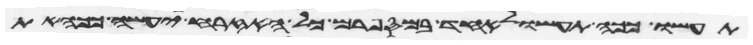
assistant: תעשו ככה תעשו לאחד במספרם כל האזרח יעשה ככה את